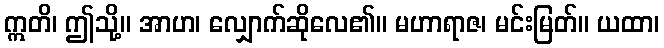
ဣတိ၊ ဤသို့။ အာဟ၊ လျှောက်ဆိုလေ၏။ မဟာရာဇ၊ မင်းမြတ်။ ယထာ၊